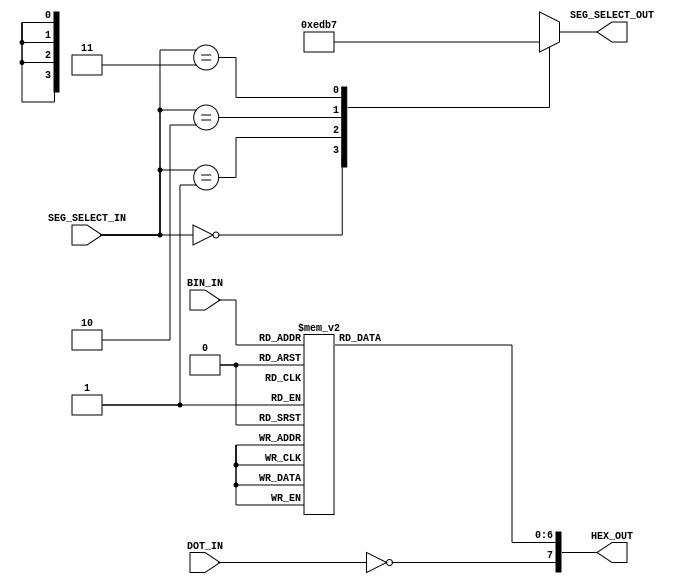
`timescale 1ns / 1ps
//////////////////////////////////////////////////////////////////////////////////
// Company: 
// Engineer: 
// 
// Design Name: 
// Module Name: Decoding_The_World
// Project Name: 
// Target Devices: 
// Tool Versions: 
// Description: 
// 
// Dependencies: 
// 
// Revision:
// Revision 0.01 - File Created
// Additional Comments:
// 
//////////////////////////////////////////////////////////////////////////////////


module Seven_Seg_Diff(
    input [1:0] SEG_SELECT_IN,
    input [4:0] BIN_IN,
    input DOT_IN,
    output reg [3:0] SEG_SELECT_OUT,
    output reg [7:0] HEX_OUT
);

    always@(SEG_SELECT_IN) begin
        case(SEG_SELECT_IN)
            2'b00 : SEG_SELECT_OUT <= 4'b1110;
            2'b01 : SEG_SELECT_OUT <= 4'b1101;
            2'b10 : SEG_SELECT_OUT <= 4'b1011;
            2'b11 : SEG_SELECT_OUT <= 4'b0111;
            default: SEG_SELECT_OUT <= 4'b1111;
        endcase
    end

    always@(BIN_IN or DOT_IN) begin
        case(BIN_IN)
           5'h0 : HEX_OUT[6:0] <= 7'b1000000;
           5'h1 : HEX_OUT[6:0] <= 7'b1111001;
           5'h2 : HEX_OUT[6:0] <= 7'b0100100;
           5'h3 : HEX_OUT[6:0] <= 7'b0110000;
          
           5'h4 : HEX_OUT[6:0] <= 7'b0011001;
           5'h5 : HEX_OUT[6:0] <= 7'b0010010;
           5'h6 : HEX_OUT[6:0] <= 7'b0000010;
           5'h7 : HEX_OUT[6:0] <= 7'b1111000;
         
           5'h8 : HEX_OUT[6:0] <= 7'b0000000;
           5'h9 : HEX_OUT[6:0] <= 7'b0011000;
           5'hA : HEX_OUT[6:0] <= 7'b0001000;
           5'hB : HEX_OUT[6:0] <= 7'b0000011;
          
           5'hC : HEX_OUT[6:0] <= 7'b1000110;
           5'hD : HEX_OUT[6:0] <= 7'b0100001;
           5'hE : HEX_OUT[6:0] <= 7'b0000110;
           5'hF : HEX_OUT[6:0] <= 7'b0001110;
           
          //16 = H
           5'h10 : HEX_OUT[6:0] <= 7'b0001001;
          //17 = I
           5'h11 : HEX_OUT[6:0] <= 7'b1001111;
          //18 = L
           5'h12 : HEX_OUT[6:0] <= 7'b1000111;
          //19 = P
           5'h13 : HEX_OUT[6:0] <= 7'b0001100;
          //20 = t
           5'h14 : HEX_OUT[6:0] <= 7'b0000111;
          //21 = y
           5'h15 : HEX_OUT[6:0] <= 7'b0010001;
          //22 = n
           5'h16 : HEX_OUT[6:0] <= 7'b0001000;
            
           default : HEX_OUT[6:0] <= 7'b1111111;
        endcase
        HEX_OUT[7] <= ~DOT_IN;
    end
endmodule


/*
    VHDL syntaxe
    
    library IEEE;
    use IEEE.std_logic_1164.all;
    use IEEE.numeric_std.all;
    
    entity Decoding_The_World is
    port(
        SEG_SELECT_IN : in std_logic_vector(1 downto 0);
        BIN_IN : in std_logic_vector(3 downto 0);
        DOT_IN : in std_logic;
        SEG_SELECT_OUT : out std_logic_vector(3 downto 0);
        HEX_OUT : out std_logic_vector(7 downto 0)
    );
    
    end entity Decoding_The_World;
    
    architecture Decoding_The_World_arch of Decoding_The_World is
        signal A, B, C, D, E, F : std_logic;
        
        begin
            B <= BIN_IN[0];
            A <= BIN_IN[1];
            D <= BIN_IN[2];
            C <= BIN_IN[3];
            
            HEX_OUT[0] <= ----------------------------
            |
            |
            |
    
    end architecture;
*/